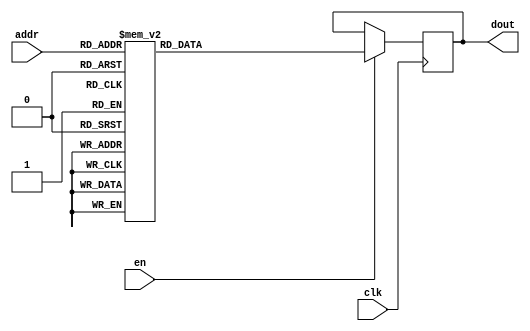
`timescale 1ns / 1ps
/*
Copyright
All right reserved.
Module Name: rom_syn
Author  : Zichuan Liu, Yixing Li and Wenye Liu.
Description:
A synthesized ROM: ROM_DEP x ROM_WID
*/
module EC_1_W_ROM_F_8(
// inputs
clk,
en,
addr,
// outputs
dout
);
localparam ROM_WID = 1152;
localparam ROM_DEP = 32;
localparam ROM_ADDR = 5;
// input definition
input clk;
input en;
input [ROM_ADDR-1:0] addr;
// output definition
output [ROM_WID-1:0] dout;
reg [ROM_WID-1:0] data;
always @(posedge clk)
begin
if (en) begin
case(addr)
		5'd0: data <= 1152'b000111001011000101011110111100010000000011111010001001100010110111011111000011000000000111111010110111111101111011000010111111011111110100011101001110001101011011000001011111001000011101101011101101010000110100110010011110111000111111000010100100011111100101111101101001010011100000010110000000000011110110000001011010011011010100011010011111111010101100010100110100111101001101111001000010000001101111101101101101110100011100100110110001100011000111101010010100101110110001001111110111101010101000001000001001010000000100001000111110111000010000101101100010011110110000110101011101101100111010101111011100100101110001101001000110000000001100000001101010111110101110000001101011110100000010001110111101111100001111110010101101100000110011001100111011010100000111010001000010000010100110001000010100111110101001100001100011010010000111001010110100001111110110101110100011111100101010011010001010110100010100010101010101011001001111101010011111011100001001110010110101010100111011100111011001010000011111011010110100100000100101110001000110011000110001110011101011001100010010000110001010011100111000011111100100001101110001011100111011100101100000101001;
		5'd1: data <= 1152'b001010110110011111100111001111100100011010000010010010001000011111100100010001100110110100010100100100011110111000010110101001110010111001100000111001111010111001100110100000110110111011111110101100110010011010001010010000101001000110101010010101100010011100101010010011001100101110111110000011101001001101111010001100011111010110100011110010101100101110010001011110100111011011100111001011110101110011100010010111010010010110111111000000011111100010011001101001101101101001111011000111011100101001000101101110100000111111111101000100000101110001100011101011100000010100101001000111011110100010110110101110010101111111101010110011101011100100111111010111000011100001011101101000111111110000010011001010000011010101001010101000111111010101111111110010101100110101111100110110001100001010011111110010111011100011111110100000001110010011001110001011111011001000100100010011110100111011000110001000000101100011101011001101001000000111101010111010100000001010000110110000100010000100010000110001000001111111000110100011100011000111011001111100110011110001110011111010111101100110000010111001101000111011000011110101001100110011010111110001101000111111100011;
		5'd2: data <= 1152'b001010110001000011001011010001100000011100001111111011001000000100010011111001000001001000110000110111110011100100111000100001101100001111000000001101000000001111101000110010011100101010100101000100101111000010011011011110001111111010111101001111011100001000001011110000100001001000000010101010111100100110001010100011011000001110110100001100110111100011010110100011111011110100000001000111000010110111000000111000010101010111100100100010010100000100010000010100111000000110000111001010011101000011010011010111000111111010010101110010101010111000101100001001100100110111110101001110010111011000101010110101110010001101111001110100011101111000111010010000110100011110001111011011000100001101001010110100010011001001110010000111111110100010110011000111010011111001000110000111000011101101001101101000000110100001101001110000010110110001000010010110111110100100101001101111100110101001000011011100011101110100111001111001011110101101100001011001000000000111001001001000000010111111110001100011110011001010000001111000110001110001001100110111001010000011101101101001101110000000000001011010010011000101000000010010011000111100011001000100011100010100011100;
		5'd3: data <= 1152'b110000011001001101100000011010011100010011100101110100111110000111100101011010001101111111010010101111100000001011000111010110101011110010101111101011000000110010100100110000010001001000111101101000010000000001010001110101110011010000100000000000110000100111111000010010111100110000000100011001111100010000110101000100001011001110000110110011011011010101100011111001110001111100101000101000011100001010101110111110011000110010011000000110101100001101000101010010000001110101010000100100000011110111010000110011110010000101011110001100101101011000001111101110000010001000001111001001101111101000010101111101011001010100101001110110110111001100101011010111001100000110011110001001111011110100011101010111010011111001000010100001111010010000110011111100111110100111011111000010010011011111100010000101000101011110001101110111011001000000001110111101101000011100111010110101101011111111001111110001111010011111001001101111000000001111100010110011010110110110000111110010001100001000001101101011001101011000001110001111000010001001110110110010000001111101101011110011101110100100001111100100111010011001100101010000011001010000110110110001100010010101111001;
		5'd4: data <= 1152'b000001110101011011000000000011000110011110001110011111011110111101111000110100000000011110111011001100010111100001101100100011100010101001010110010011011000111000010111100101100111010101000111010011010111101001000111001110111011000100111100011001000101011010111011010000100011001010011000010110110111111000101110000011111100101111111001101111100111110001110111111111000011110010001110010011110100111010011110101001000101011000001011011011001011100101111010011010100100010100001011001000111101110111101100000101001111110100110000000111100110101101111111011110100010011001011111010111010111001011111101110010111010100110011001011001100001110011111111010011100000110011001110000101100110111101101101011000000110100011111111011111100011010001110000010111010010110000001100100010100100001011000110101011100001101000000011011011011011010100110000101001000100110000001010101100011111100000101100000011111010101010010110010100111000011001011010000000100011111001100111000100101111011100011110100111001011000110110101001000100000011011010010110101001100000010001000011101110000001001111100001110000101101110110001000100101010100000110011101100010010011100010110;
		5'd5: data <= 1152'b111110001111000001001000110111101001001111101100000100010000111000101010101111110110001011111110001100100000000100111100011100101101101001000010100111011010111100010011111101111110110001110100001100100011011111111011011011000001001100110100100101000000000001110001110000110011011000111010100010101110000000000011101111110100001101010001010101000100000111011010100011011011000111011001100100100111001011010111101110000101101001001010011100100010010000111111001111111000000101010101001110110011000000101000010101101011011011100100001010111000110000111011000111100001001001110000001010010011011111101010110010110011000101110000011101001100111000101011011001111110100000011100010011110000010000010011000101011000110010110111100100100111001101011000101110010101110011000111001110000111111101011011010111100011001110001110001001011010110100011010101111110001001100110000011010110111010010111110010011100000011111010101011100100010110001010011100010110011001011101001001111010110100010001001101111001110000000110001011001001000110101001101011111111100100000111110000001011010110001100001101011101011000011101010000011011001011101010001001110011101000001011111;
		5'd6: data <= 1152'b110110100100001000010010110011101101101010100001000001010010100011000001101101010000000100111111001111011000101010110101001010101000000010001000001110011000100010010010000011011011010111100000011100111010000101000011101101000010111010001111101000110010000110000100100000001000000110000001001111000000100111111100101000100000000000010001000010010010001001101000111101011100100100001100000101100111111001010001111110011000111111111110001101100110101001000101101011111011010100101101001111101000011110010101101010001000100010101000100111011001001101111000011110111111110111110000001110110110111100101000001101000011001000010001000110100101000111011100101001000010101100011011011111010000101111111110111011100001111000011100001010001000101101110100100100000001100010010101011100100100100010001111111100010111111011111011100110101011010011111111010010101111010001001110110111110000111101000100111000010001000000111000000011101001101100101101111100111110001011111011011110101000111101100101010010111000000000110010010100000001101101011110101101110100110001011110110001100101011011101101101101101100011010000101101010000001101000001101111001100111010011101111;
		5'd7: data <= 1152'b101010101101000001000111111000111111011110001001101110101001011101110011011110001000111101010001111011101100100000101101001110101101010010010101101011000010101111010101110001111100100101100000111000000101100001001110100000100011110010000010000001110110000110110100101001101101101001000111000110001010001110101100000111110000000111000010110111111001111100100100111000111101001000000101110110110100100110110110001011101000101110000111011111101110011011001010010101001101110000100100101000111111011010001100001001001011011111000000001111100000010000001011101010100011101010101000100100010110100000100111110110011101000010001010010011010011001111100011011110100110101100000000011101011010110010000011010001100001001011000010100101110110010110100110100001110011110001100011100001100001111000111000010011000010011110001110000000010110101000111010100100110001000101110011010010010111001001001111001111110000101101100111001010000000001000000000100011111111100110110110110100001100011001011110001000001100001101011110000011000000011101010111111001001101111100100111111010001010100100001110100001101100000000100100010110110000010001010100100101111010111100001001;
		5'd8: data <= 1152'b110100000000001111100000010011000101010110101110100100011000010010000000001000110001101101100100001101110010011010110010001000100111000110000000011000100000100111111010001000010101101011001000011100011010010111011001000010110010100100110001110101110001000000101000000110100101100111001100110110110000101010110010000001000000101011100010000001101111110101011011101111001011101000000110010101001110010000011011011011001010101010100011000011001100000011110001001001010100100001000000011101010010101001100100001110111110001100011111011100101100110011000001000111001001011000001100100011101110101010110111011011010110110000101011011011011011001010010101101010001001110111110011000101000111001110111001110000100011011001111100111011000011011000110011000101001110111011001000000011010101001101101011100010010100001111000100010001010001111011000001100000101100011000111001010001111000101000101101000011111001010100000100110001011110000100000010101010010010110111000010000110000110011011111111101101100011011100000110101110000010110100011000011100100001101101100011010011010100001111110000110010100111001110100001001000010101000110010011001000110101010000111101;
		5'd9: data <= 1152'b100011111101000110110010111010000000101100001001000101111010100001110011100101110011111001011110110010101101101110001100011010001011111101010000101111111111100101000010000110110011111011111011011101010011101010100010011110001100101110001000111001001111100101111111110101010010000000011011000111100101101101111110101110010001010100011101111100100100101000010111110110000010110001011100100001000101001000000000000010010001011011000111010101000001100000100011001000010000011001010001001000000001111000101110000110100000010101111000010000010000111011100101110111100111010101001000010101101010001000100111001101010100000001111111010011000101011000110101011111001010100000001111101001010100111001100001011011010100000010000010001001011110001101100111101100010110010000001110000000010100110011101110011011001001111110000101000111101101000101010000011100100000000100001111100100001011010101100100000000100010001101001100111001011010110001001110100100110011111011010101011100011111001011001110100011111001000111001001111001100010010100011010011001101101001111101100010110111010001100011010111101011011101111100001110010100000101110010001000110011010110000100011;
		5'd10: data <= 1152'b010110101111010001000111001111011110010110100000000100010000111000101001100001001100110000010011110011000100000011001111000100010010010100111011010101011011111010010111101011011101001101110110110001000010001110010010011001000000111000011100000100110001000100100011111000011111111100111100010010101000010111111011111101011111010110001101110011001010101110001100011001110100100111100001000110000110101111011001100010111010011100100111111110000011111101000011100001111101001000111101010011111111010000001101000010110000110110100101101111100110010000100000111010010001101011010011011101100000100011001010010001001100010001011101110110001100110100110011001111010100101111011100010001011101010000010010001011011101110110101011101101001100111110010101011000010110000111100011000110101001100110001111111001000110001010101000000100011100101101010011001001100001000001001111000010011001010110001011000001110010110101010111001100100000110001101010100000011101001010111111011010010101001001000010101110001100000000011001110100010001001101110011111011011011010100111000101010101111111100001010101000111100010001101100000111101111110000001111000011111000011111100001;
		5'd11: data <= 1152'b000110101000101100011010110000001001001110001100100000100100110000000011101101010001001111110000011011100110101010101001001000101111100110011000000101111100000111011010111100000000001000000100101010101010110100010010111101010110101000000110101001010011000001110110100111011010100111100011100001111011011000000111010010101011110100111011110100010000110100101001110000101110001000110000111101000101110001111001100111111101000110111101100100010011101010101101101011110001101001110100011010100100001010111111011000101101100110000000011100101100001110110000011010011000100110110110100011101001010101010011101111000000111000001110101110010010101011001001101110110011111001110101111010011111111011001010100101101001100001011000101001001100010010011110110001101001000011100001110111101000000001100000101100111001101110110101110001111101101010100111000111010101100011000001001010000100001011010001111110001011110010001110100111001011001111111101001100111100100111110011000110110001001101100011000000101111100110101010010100100010100100101100001101110010011000110110010111000100111111001001111100010011011001011011111011010000111010000101111011000101000011101101;
		5'd12: data <= 1152'b100111001010001101000111011010010111100110001010111001001000011010000001100111011100000110101010110110111101011011001111101110110000100101110011010000110000010101100110111011100011100101101100110010010000000010100011100010100000000100000110110001001001110100001010111100110111001111001100010011100010011100110111101011001100101000101000100100011011001001001110111001001100110010110101110100001011101111000001000100110101000111000110111100010110110100000100111100111111000000101111100110011011010101010001010101101101101010101011010110111000101100110010101010111011110111010100101111111010000111111011101111100000101110010110110100000011101110110000010000100101001010101100001100101011001100111010100101001100101000100001011110110111010001011011010001100101110010100011111100011001010001010001101001100011000101100100011100010011001100010000111011101010101000000111000110001110010100110000100001101101111110001000010111011011001001011010100001011010101011110000111100110010011101101010110010011111001000101001001100010100101010000101010011011001010000000110111100101000001100101010100000101100111011010010101110010000000011100001100011100010010000100100;
		5'd13: data <= 1152'b010101111111010000110010101011000101111010000001010100100101101001100001001000010100000001010011100111001111100101100101011111100001010111110111001110100100110010110011000111001001000100101101100000010110010110010111111111110110110010001011111011011111101010110001101111001110100001001100111101110010110010010101001000100100100001110101000000101011111001101100000101111100101100110010101001011011101000110000000100011001001000101000111000001010011010001110111000000101000011111101110001111000000110011101111000101101100000100010111111111000000111110110010111011011101111010100101011101010101111011011001001000011101010000110100110001110000001111000101000111101111101010001100011000100001110110110101001101110011101001110010010001101000000011010000000101001000001110001110011001010110110011111000000111100010111101101101011010011001000010110100110001000100001000101110100110101010111011110011010110101110010011001110010110001001100111000010000111110101011001011011110110011110101001010110001100001100111110011010100001101100100111100000110011100100101110011101000000100001111101100011110101110111100011000010110010111011011011001101000110101000001011100;
		5'd14: data <= 1152'b111110000010000100011001000100110000011110111111111011010111100001101111111110100110101100100011001101111100101111110010011110101111100000001001110101010011011110100110101111111110010110010000110011111111100101111111000011010111011110100010000001101010111001111000000100000101000110110011110101011011001011101101110110100111111000101111011110111000100001111111100100101110010011111010011111000011000111000110001000110010111011000011001011001011101000011111110100101110011110001101100101011001011101010010111110110000100000110011110100110101001001100101100100111010100000110111000111100000001100111010100111000111100101110111100100101000011010001100000000000101101110010011001110001001001111101000110100100111010110101111011010110001000010100101000101001011100010100000010110010011011100011010011000110010000011111011111010001001011011011010010100001101011100111100110101111001001001011000011110111000100100001101101101010101001100110101001011111011110000110010110011110101000000101010011111100101011011010110010010101010100110010100100001001010011100100011011011001000001110001110110100110111110111000000011011010111001010110101001011000101000010001101;
		5'd15: data <= 1152'b001000011011101100100010011101001100101101111000010100101000110010000010010010001001010001110010110111001110110010001111100001010111010110110111011101010010011011001010001100010000001010101101100111011010110000001111100001010101101010101100000110011100101100111110001100001100111110100101101011001111011010111111111111111011001110101111011100101101010101011000111110000101000010011111001000111000011100110110000000001000001111001000100111100010111110000000110010000001010100110000110111001010110101001011100001010110100010101111000000100100011010100011100110011000110110100111000000011000111000010101101110100100111011010001000110110100011100111000001000001100101111101011011000111001010010101111111110010011001110100110110101111111111100011001111011000111010101010011010101111000100110100010000000011101101011011001100011101001001000100100010010000101010011101010110111001000100111101111000001010101011110010001001011101110000110001011111010011000100111011011100000010001010101011000011010101100111110000001100011011001100100011000101110010100010111001001110010111101100010101111110010111000001110100111010100011001100110010111111010111000011101111001;
		5'd16: data <= 1152'b010010001010100110010011010000111001100011100001100010101011100010101000101101011100110011110000110011110000001010011001001000010100110000100001100111100100001111001000010001001000111000010000101110110100011011111101110000001000011101000010000110110010000111101101100000010011011001010011110110001101000110001110110101001110101010010110100110010110100111001111110001101001100100100001110011000001100110011100111000111101110011100001110001010110101011011001100111111011000111011011010011001000101001010011101110011001010000110101000111100100001110000111101011001000000111100010111111011001111010111001100100111001011100001010000110111011110110011100101011111111111011110011110110010011000010001101011110001100111010100101111110111011011100001100110011100001000101110011110110000001101011011001000000011100010110101000110011000100101011001011011000110111010000100000000101100100001001001000001100100100110010000001110100010010000111100100011010111110010101101010110010110101001010110100011000000001111001001010010000000011100111011000000100010101100100100001111001110110100011100001000011101100101101000001111100100110000001000100000011100100101100111000;
		5'd17: data <= 1152'b001111000000100111001111110000110101100101111011101011011110101101011011101001111100000110011011011111110001101000100010110101001110000111001101110011011111110101111100010101011001101001001110011111100001100111111111001011011011111011010000100011101110000001000001110100110010011001111001011011010101000101011010110111111110011101011000100111010111100010001000100011101100010111000001011110000100100011001011110000110001001101110010011011011111011000110110001001111000100000100110010010110111101010110000100001100111100010010011000100000000100100010101000011111000011101101100110001000001100110011011010011100001111100110001111000100001101001000001101110110010001001001001100001010110110010010001001010111000101001010010000101000011111100001100110011101100010111110010110111100101110011001101110000110001000101111010001001010000101101111001001101111000100000000011001001011011111000110000110011001010011110001110100101000011110011111000011100011101011000110010111011100101101011001010110100001110101011110100011010001100110100000011100101110010011001101101111001011000100011011110101001101100011001010000110101010000101011001110101011100110010110110101;
		5'd18: data <= 1152'b011011000001001101010011011000110011101010001010100110001010010111000111010000000101111000110001110110110001001010011000001100110100000010110101010001011110011101110101101011101010010101101001100100100110100000010010100111010000101001010010111010100011100110110101011001100010110110011101110101111011010001010111010110101010100011100000100011011100111110101100011000110010011100111000111110000000001101001001010110010011000110011110001100010111010101010011101100100101100010111001001010000101001111000001001110110111001101100000111100110000100100110011110111110101010010000101010100101110000101011010110000000100100000111110101111100010001000100001000110100101011110000110011000001101101011101010001011111000001001000010000011111100100011011100000000110011101100110010111110000001001111011001101010110001001110100110101000010010110101110111101101110010000110001010001010110001001111100011101011101110110111010001011110001001011001111111110001010101001011010111011100011010011101001010110000101111100100010111101101001000100000101001010001011011111010100110011110101100100101001110100100011011111010100111010010001111100011101111000001100011100000000001;
		5'd19: data <= 1152'b000100011011111111100100111001110011010111100000100001000111001110101010011100010000001000101110100101101110010010110011000101000011101100101001111000001010001010011100111001001001010101110001101110011000100101000010000011110100010100100001110100011101110111001011010000101011101010000100111110011110010101101011101001011101101010011111101010100110010001111011000010101011111111000010100001001010001101110100011000011000101001001011100010101000011001000001110100001101111010010000111001001000010001011010000111110111010010111110111010011100010111010101111101011101001100101100000110001111110011010110100111110010110011100011110000011011110011111110100111001100100110000100100101011010010010010001011110000010110000110001101000100000111100100000011000101110000101111110000000111010001100100110000000010111101001001001001111011011010001001011110000001000110011100000010000101001110100011010000010110011100001101001000101110101111111001010010000110110111011101011100101110111111001111100010110001101111000000010000011001100000101000100001111000001000001111110100100110010010011100111011010010110000001110001001010100110010111010100011110001011001011000101;
		5'd20: data <= 1152'b010010001001001101001101011000100101110011001011101000011110111011011010000100100101011001000000100101101111100010000010000101101101111100011111101010001000011100010101011001001101011001010011110011001001011100100001100001111011110010010000100100110000110010000111000000110011011101110111011010000001100101011110100110011111111101011010001011110111000011011111110111100001100111001011100010101000000101011110001000000110100001001001111010001001011101110011100100010100110110110000011101110101110001111010010011101001111010111101010010111100110000110101100100101001001001001011011100000011110110000011110011111011110010110001110110010101010111000111001010111011100000001001011100001101010001011101100100011101000110011111011011110011010100101110010000011011000101000000110101010000110110101100000000111011000000101101110011011001010101001001110100100101010010111011011110110001100100011001000010110000100110010101000111100110000101011000000110011010101010000011110000100001000101011101110000001111100011111101010110110001110011011000001110001100100101110110000001010011010001010011010010110011100010110111100000011000111100111000011100011101001101010111;
		5'd21: data <= 1152'b101001110100011111110000000111101010110010000001010111101001011110001100110100001111111011010000111010001010100100001101110001101110001111000111011101100101111011011010100000010101111010000101110001011101110011101110010110001100010001111110000111110000011111100000100110111101100001000001100010011000100000000110000011101100101111000000000101111010110111001100110111101001100110110101011111100111000101011010001110010010100000000011011111110111100100011111010100111000100101010101010110111001000000000110010111001001111011010100000001011110111101110000000001000111000101111001011110011000001101000001101110110000000100011000001101000101111010101000111010101100100101010011001100001100110010101101101000101011101000100110000010011010101000000100110111101010110000100111011110000010101111011010010100110000010110111110101111011000010100110110000101101001000100100110100110111101010010011010100111111100100010111001110111110111001101001101000000101010011111110001001111110010111010000000000001111000000111110100110101100000110011011100110110011100110110100001000001010111001101101110111100010011000000100111000010001000111010111111111100001000010001100110;
		5'd22: data <= 1152'b010010100100101011010110001001111010101101000101001000101100111111001010100001000101100001000100100011110010101000000000000001011100100000100110011100100101011011100000000010001100101000100110110000101101111010111101000001111111111000011011101110000010001100000101000001110011000001100100010001100010000010000101010010011101000011010010010101111010010000101101110010111111010100101001010011100011010111010011000001101000000110000011100011101011110111111001100101100000100111010110100001111100110000000100100011010110101010110011010111011110011000110001000101101010100100110111110111101101000000110110001001010111101110111101100000101100011000000011101110110010001000011001001001001100010000010110010010110100001101011010110111000110001011111100111001000100010011010011100000111001001011011111001001100001101000001101000110101001011100111000001101011000101111100000000100101011110100001100000001011011011010100100111001001111011001011001101010000010100100100011001100000011010101100001100011110000000011110000110110010001110110010011101110110011001001000100001000011010010001110111000111110000101111000010100001000111011111000000111101000101100000010111;
		5'd23: data <= 1152'b001111101110000000011011100010011010100000100001011110100000100001110101111001011110100010011011110110000001000110000111111110010111001001111011001100001001101011110101010011000010011101011111001010100011001110100010110001000101101010110100000011010010011000101101000001011010100100011011101010000101000111011101110110011011110110001111111110001011101110110111110100000011110111101100011110100111101011011001100100101010000100000110111100010001011101100110111011111010001010111101000111101011100000101001000000111000011111000100001111101111110000111100010110011000100110010011111011000101100011101001010011001010110010001100111000110001000111100001000110110110101001011011111001010111010010110011010111000010111110111011101000001100111111111100101010010111000111101110010111000111110010011101111011000110010100100010001100011100101101110010001001011010000101001111000111110010011110000101001000000010010111110110001100101000000110100100010000000101001000011100011000011100001001001011111100001110101001101010010101110011001110110011000011101101011101010110111001010111111010100101100001010110111001011110101001101110111000111101110101101001101001000100;
		5'd24: data <= 1152'b000010111100100011101111101011010010110000010011111111101101000011110110010110101100110110000000100000011010110101010110110001010110111010000011111011110001100110001110000100111111111011011101011101111111101011011110110110101000100111001101101001011101011000101010000101110100001110010001111111011101101101111100000110100101011111111110100101111000001110100110110011010010111011011111001001001101010001111000100010000100001100011100000101010010101010010101111100101001001010111011010100100100100101101111111110101111010101110110010100010100100110010011101111101011000100001110100011011011011110010010101111110111011010000010111011001111101011011101011111110011010011101110111100111110111010100001010010101000100000110011100100101110110100100111010000101101010001111001100110011000101000111100000001011010100001110101101011010001011010101110100100111001100011110101001001100011000100111100100000111101100100001011000001100001011110001001011001111000111001010010111010100001110111000000010001010011110111101110001101010000110100001011010010010000111000001100110001100000011101001010111100101110011000000100110010001100010001001101101011100010010110000111;
		5'd25: data <= 1152'b010010000110101101011010000110111101001110111100011010010100001011000110110100101000111000001101111111111100001110101100101000101101010111000100111011110111101111110110111100010011111011001011110000010111100011000110100000100011010011000011001100011101100011110111111111111110000011111100110101101111000010010101011011011100110011101100111101101001111111110100110000111000010111111100000011001010110110001100011011100010001000100011101110101101001101110110010101001100111001011100100110010110010110010010010001110010000100000011001111100001101110001100110110011001011010111101010001110101001010011101011110001011001001001101010110100111001111110011100110110111101011011110110100111111010010010111010011010110011111011010101101111111011101110000011111011001000111101011000110001011110010001000111001000010001110000010010111010101110011111011000101000000110101110011000100011111000011001100001011110000001110110011001111100000010011001010100010011101110110110110011010001100100001010100101110101100001010011111010010010111001111110111111110100111111111011001111111111001110100010111100000000001011111001000101101001111110111111110011001111011111111000001;
		5'd26: data <= 1152'b011110111101010011000101111011101001110110110100000001011000010011101111001101011010101101100101001111000110101011101101111110101001001111010110000100100011110011011111110001010000001001110100111011010011010110111010010000001010110001101110101111111111011010000001000110100000111111001100100101000010110001000111000000000100001000110111000100000100100110101010011011101000101000110010000111000001100110000011001011101100010100101010001001010110100111100010011111100010000100000111001000010110001011110001101111000100111001110100111010010111010010100101001101000101010101011000111011011010101011100010000101110010000101101001111000000011101010001000010001100010000000101100111001000000100000010000001101101100000001111000101001100011000111010000001001100100010000100010001011000000001100010101010000110100110001001011011010101111000110110001011110100111111100111010111000110001101101011100100000010010110100100111111000100101011000010101000001111101111010000101100101101100101001111101000001101101000101110101100111001000011101011001100001110101000011000111001110010110101100111000110001001001000110110101111110100111000001000011000001111000010000110100;
		5'd27: data <= 1152'b111011000000011100110110011000101111101001100001100011101001011101010110010110000100110100011000100101111011111010000011001001101001100000110100010011110100011001101100011100101110100101011001101110001010010001010100000000010001110110110011100000010011010111011100000111010101110110010111100111100011010000000001001100111111101110111111111010111010110100101111100011101011110101110010010110000000100100011100001100011001000101101101100000110100011001001010000101111111011001010111010011100001111111000011001100001101100010011001010101100011001111111000011010001000111001010001100011100001010100111001001111001000101101000111100000111010000010011100000010010100101100010111111101000111010110000010110100011110110011011111111111000000011110101101101011100110111111101000010011010010101100100100010000110010010100101100110010010110011001001010010000011101110100101010010001000001001001011011001010111001110000001011001001000100001110001101010010001000110100000100110011110000010110010101010000100010010010000010010110010011000110001001001110110010001001110011101011010001100010000101010110101100011111011111001101000101111100101111101011001101101100111011;
		5'd28: data <= 1152'b110000101101001011110011110110110011100110111010101101000010110100001110001010111001001110101100111100110001000111101000011100001101101011011000110101011111101100110001111100110111000100100100000110110011111110001011101001000011101110010001101101100101011010011110111001001101011010101011000110101100001111101010111110110101001010011111011010011101001011111001010110010100011001001011110101111101100000001100110111011111001111111110010101110110110000001110001101010001001111100111001010100100000110100100010110001101011001000110100010011011110001111010101001110010111110010001111110011110000101001011101011000010001111111101011001100001100010001110010000100100001110111110001111111000001101100000101001101111100010111011111100101001001101110001111111010010110011000111011100011111101100100100010010011111110111101100100100110110100000001010011110111001010111001101101111100100001011100111001100001001011101011110001011001100110010010110111101000101010011110000001000011111001011010101110011010010110001101100011000100000110010101110010001001100001000011110000111101000001101101100111110011011000101110010110011011011101110101001111111000010111000001110;
		5'd29: data <= 1152'b010111100011101001001000100110111100000101110100010101010111110000101000101001111110000000001011000110011011001011000110111111001000101111000101110110101000101111111010000000010100100010100110011101100011010101101010111100001011010011001100100101101000010000011001101111100001110001010011101001110101010010010001101001000101111011011011101000100011010101001011010000111101100111110000011100000011100110000100011110011110110111111000100110110110001010100110001011100011010101001110000110111001010011010001110000011100111001000010101010101001111010110011010001010100100101011010111010011010110101101001001010111011000111110001010100001100111010111001110111110011011001111100100110110011100011010010100011011100100001011000000101100111110011011100111111010000101010110101010101011010011101110111111110011010111001111101111111101110011111001100011010101011111000000100000100101000110111010001110000111111110001101100111000011001111001000111111011000010000101001011000011011000101111101101000010110011000101110000110000000101110010100011110001100111100110011110111110000001100111001110001101001110110000111101111110110111100011111010110111100011110111111110;
		5'd30: data <= 1152'b011001111110011101101111001111001010111001010001000110101111010010001001001011000101111111110100100001001110011001010111101111011110000100100001001100110110011011100101000101001110111111110110000000001101100000100101110000101100000001100101110110110000011100101000101100011100111101100001000010010000100011101110011011101001001001001000000001001000001010011000100001101000001101000111001001011111001101111010010100011110010100011100100100000101111001101101110011000011101001010011110100101010101011011011111110010111000110101001100100010101001110000101011101001100010101110001001110101111101001011111001010010000011111000000101100111011100100100000100000011101101101110001100001110100010110010010001100101001101111010010011101011001011111011110100100000000011101000001111110011111101100010010010011101110100111010001110101110000010011001110000011111011101111101101110011101110111010011101111110111101100010001111001100000100100010110001001010000000010000011000110010100001010111011000011011010110111000001110111100011011101010010101100110110110100001011000101100010100110110010101010010100000010011110001110100111011110100101010001000110110101101110001;
		5'd31: data <= 1152'b000000010001101110000010010010010111100111000000000101100010010000010011110001110101010011001110100001100100111010001101001101000000111001101011000100011000011000101110101000110010100101110011011000111000000011001000010000110100001110111100000100101000111001011011110110010010110001000100100011101000000000011011001011001100001000000100110100000011101111000111111001000100001100110100010010010001101010101000010010111000110110100100010100110010110100000011110100110001000011110111101100010011001111110001001101001101110010000100110111111010101100011010101110010010100110111000011111010010110101101010110001100110001101110110100110000010101001011001100001010010111001101100111001001100000100011011111101001100001100010001110110000110011011010010010011100111001100111000101000010011101000100010010011101110010100000100000000110110010000000010110000100001010011010111101001000010001111010000000001001101100010000100010111111110011011011010001010111010100011000100001101010011010111111010001100000111001101101101101110100110101010000011110110110110110100101000101111111010000000010010111001001100000111110100100101010101010010100100001011011110000100010000;
		endcase
		end
	end
	assign dout = data;
endmodule